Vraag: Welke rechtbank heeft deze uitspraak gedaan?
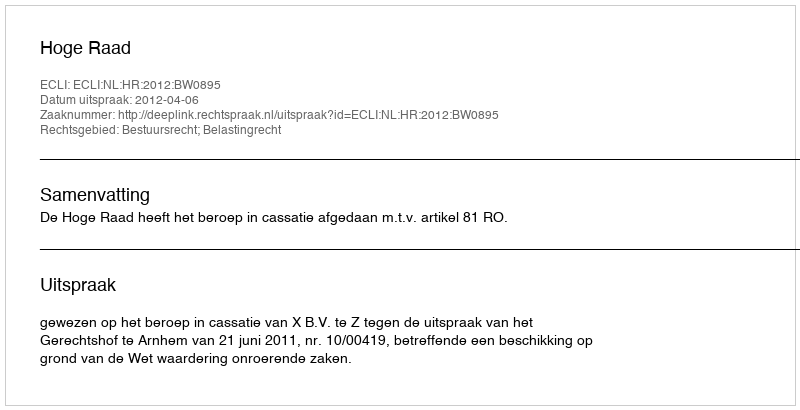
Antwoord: Hoge Raad